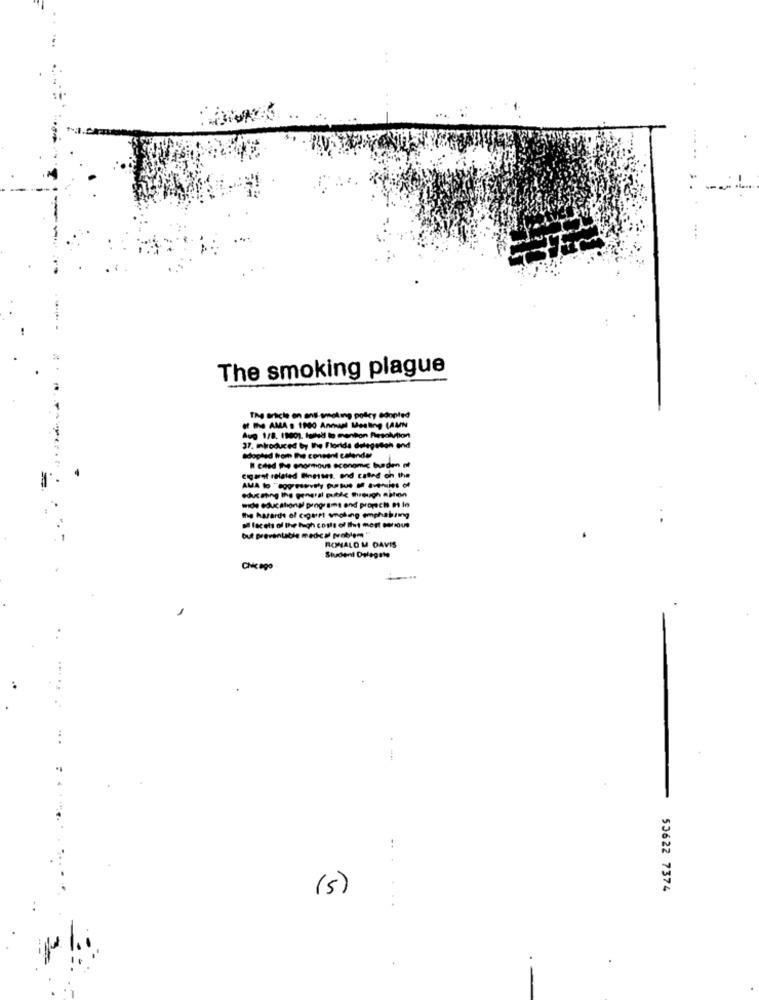
The smoking plague
The article on ans smoking policy adopted
HAMA . 1900 Annual Mesling (AMN
Aug 1/8, 1980). talledl to mention Resolution
37. miroduced by the Florida delegation end
adapted from the consent calendar
I caled The enormous economic bunden af
cigaret related Bineises, and cafes on the
Ha shing the general pubde through matin
mide educational programs and projects a lo
the hazards of cigaret wnobig emphabring
a facets of the high costs of Iht most Genous
but preventable medical problem
RONALD M DAVIS
Student Delegate
CHIcago
..
(5)
53622 7374
..